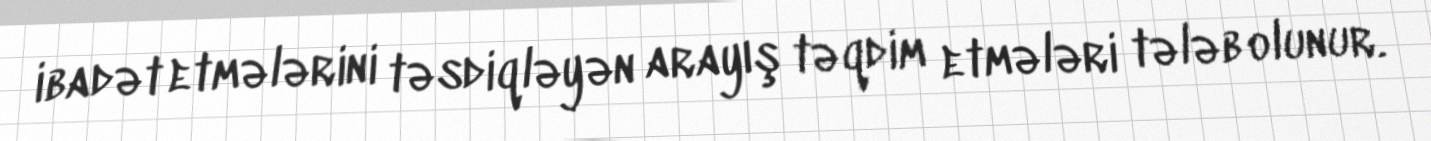
ibadət etmələrini təsdiqləyən arayış təqdim etmələri tələb olunur.